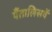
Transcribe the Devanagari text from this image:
पैंतालिसवें